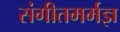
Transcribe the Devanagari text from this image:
संगीतमर्मज्ञ